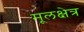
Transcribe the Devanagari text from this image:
मूलक्षेत्र